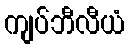
ကျပ်ဘီလီယံ